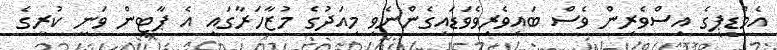
އެމްޑީޕީގެ އިސްވެރިން ވެސް ބައިވެރިވެވަޑައިގެންނެވި މިއަދުގެ މުޒާހަރާގައި އެ ޕާޓީން ވަނީ ކުރީގެ